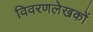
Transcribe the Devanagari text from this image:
विवरणलेखकों